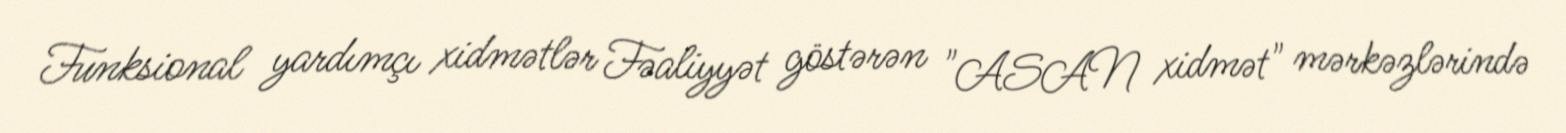
Funksional yardımçı xidmətlər Fəaliyyət göstərən "ASAN xidmət" mərkəzlərində